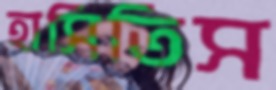
হাসিতিস